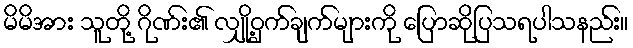
မိမိအား သူတို့ ဂိုဏ်း၏ လျှို့ဝှက်ချက်များကို ပြောဆိုပြသရပါသနည်း။